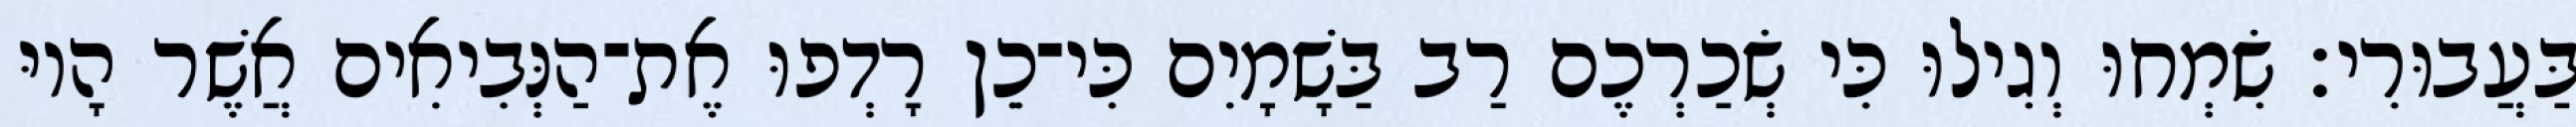
בַּעֲבוּרִי׃ שִׂמְחוּ וְגִילוּ כִּי שְׂכַרְכֶם רַב בַּשָׁמָיִם כִּי־כֵן רָדְפוּ אֶת־הַנְּבִיאִים אֲשֶׁר הָיוּ